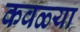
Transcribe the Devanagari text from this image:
कवळ्या